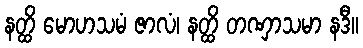
နတ္ထိ မောဟသမံ ဇာလံ၊ နတ္ထိ တဏှာသမာ နဒီ။